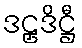
ဒဠှဒိဋ္ဌီ